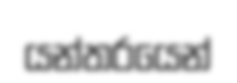
යන්තරයෙන්